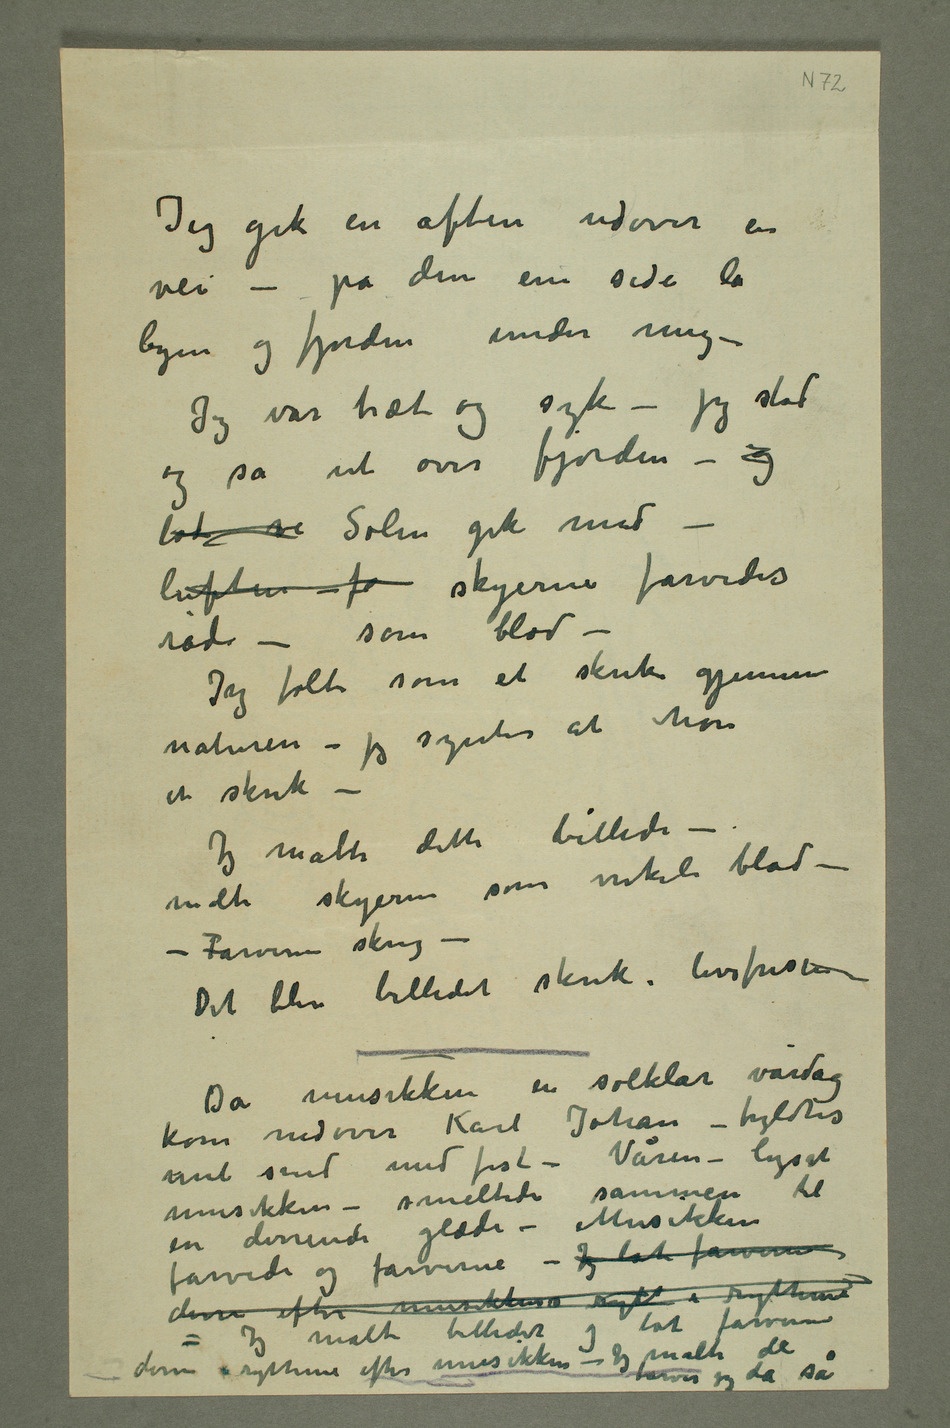
Jeg gik en aften udover en vei
– på den ene side lå
byen og fjorden under mig –
Jeg var træt og syk – jeg stod
og så ut over fjorden – og
lot ve Solen gik ned –
luften – fa skyerne farvedes
røde – som blod –
Jeg følte som et skrik gjennem
naturen – jeg syntes at høre
et skrik –
Jeg malte dette billede –
malte skyerne som
– – Farverne skreg –
Det blev billedet skrik i livsfrisen
Da musikken en solklar vårdag
kom nedover Karl Johan – fyldtes
mit sind med fest – Våren – lyset
musikken – smeltede sammen til en
dirrende glæde – Musikken
Jeg malte billedet og lot farverne
farver jeg da så